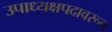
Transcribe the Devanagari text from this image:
उपाध्यक्षपदावरून